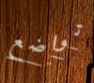
تواضع